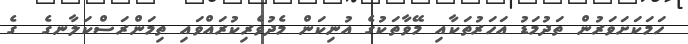
ހަމަކަށަވަރުން ތަދުމަޑު އަހަރުތަކާއި މޭވާތަކުގެ އުނިކަން މެދުވެރިކުރައްވައި ތިމަންރަސްކަލާނގެ  ގެ